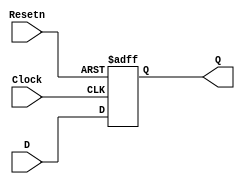

module flipflop_ar (D, Clock, Resetn, Q);
input D, Clock, Resetn;
output reg Q;

always @(posedge Clock, negedge Resetn)
	if (Resetn == 0)
		Q <= 0;
	else
		Q <= D;
endmodule